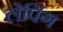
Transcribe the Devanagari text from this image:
लेपिंग